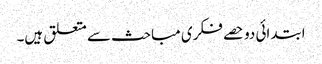
ابتدائی دو حصے فکری مباحث سے متعلق ہیں۔